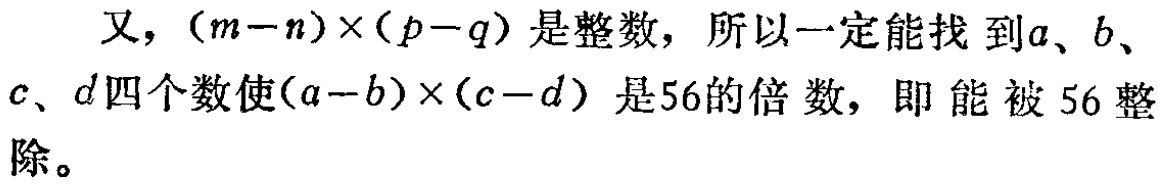
又，\((m - n)\times(p - q)\)是整数，所以一定能找到\(a\)、\(b\)、\(c\)、\(d\)四个数使\((a - b)\times(c - d)\)是\(56\)的倍数，即能被\(56\)整除。